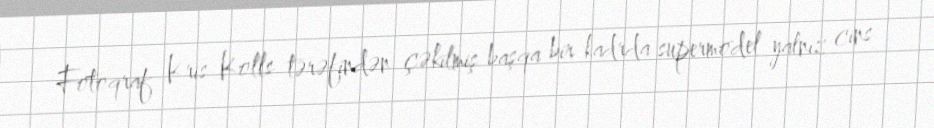
Fotoqraf Kris Kolls tərəfindən çəkilmiş başqa bir kadrda supermodel yalnız cins